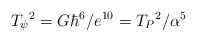
\begin{align*}T_{\psi}{}^{2}=G\hbar^{6}/e^{10}=T_{P}{}^{2}/\alpha^{5}\end{align*}